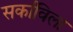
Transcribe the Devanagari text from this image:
सर्काविला